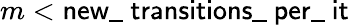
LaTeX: m<\textsf{new\_ transitions\_ per\_ it}